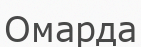
Омарда